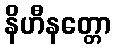
နိဟီနတ္တော